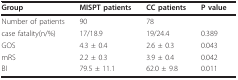
| Group | MISPT patients | CC patients | P value |
 | --- | --- | --- | --- |
 | Number of patients | 90 | 78 |  |
 | case fatality(n/%) | 17/18.9 | 19/24.4 | 0.389 |
 | GOS | 4.3 ± 0.4 | 2.6 ± 0.3 | 0.043 |
 | mRS | 2.2 ± 0.3 | 3.9 ± 0.4 | 0.042 |
 | BI | 79.5 ± 11.1 | 62.0 ± 9.8 | 0.011 |